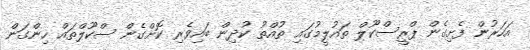
އަހަރުން ފެށިގެން ޕްރީސްކޫލް ތައުލީމުގައި ތުއްތު ކުދިން ބައިވެރި ކޮށްގެން ސްކޫލްތައް ހިންގަން